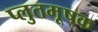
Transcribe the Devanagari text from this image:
प्लुतमूषक